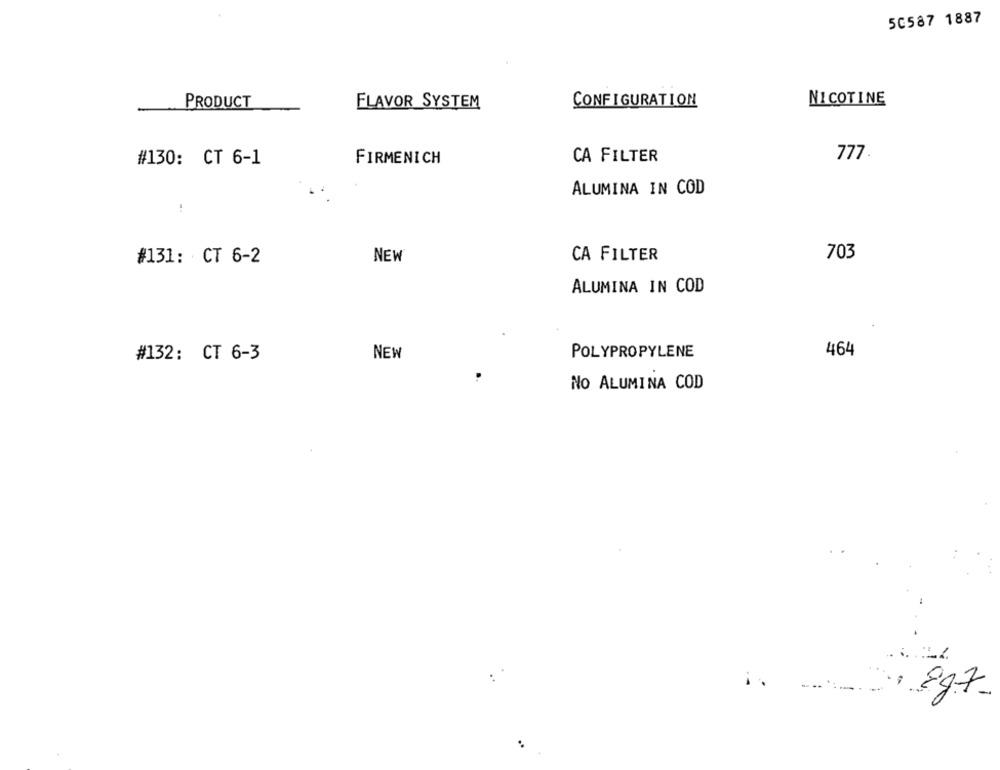
50587 1887
PRODUCT
FLAVOR SYSTEM
CONFIGURATION
NICOTINE
#130: CT 6-1
FIRMENICH
CA FILTER
777
ALUMINA IN COD
703
#131: CT 6-2
NEW
CA FILTER
ALUMINA IN COD
NEW
POLYPROPYLENE
464
#132: CT 6-3
NO ALUMINA COD
Eg7